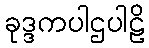
ခုဒ္ဒကပါဌပါဠိ